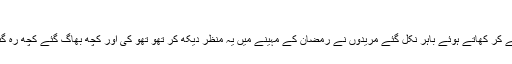
با یزید بسطامی کا واقعہ:
ایک مرتبہ رمضان میں ہاتھ میں روٹی لے کر کھاتے ہوئے باہر نکل گئے مریدوں نے رمضان کے مہینے میں یہ منظر دیکھ کر تھو تھو کی اور کچھ بھاگ گئے کچھ رہ گئے انہوں نے پوچھا تم کیوں نہیں بھاگے۔